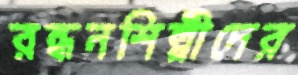
রন্ধনশিল্পীদের